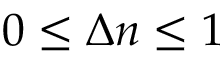
0 \leq \Delta n \leq 1